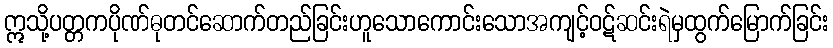
ဣသို့ပတ္တကပိုဏ်ဓုတင်ဆောက်တည်ခြင်းဟူသောကောင်းသောအကျင့်ဝဋ်ဆင်းရဲမှထွက်မြောက်ခြင်း